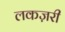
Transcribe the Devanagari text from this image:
लकज़री